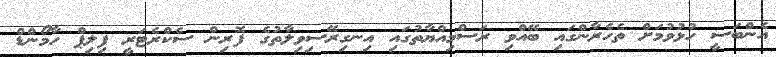
އެންބަސީ ހުޅުވުމަށް ތެހެރާންގައި ބޭއްވި ރަސްމިއްޔާތުގައި އިނގިރޭސިވިލާތުގެ ފޮރިން ސެކްރެޓަރީ ފިލިޕް ހާމޯންޑް